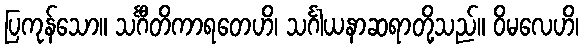
ပြကုန်သော။ သင်္ဂီတိကာရတေဟိ၊ သင်္ဂါယနာဆရာတို့သည်။ ဝိမလေဟိ၊